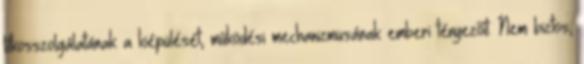
titkosszolgálatának a kiépülését, működési mechanizmusának emberi tényezőit. Nem biztos,